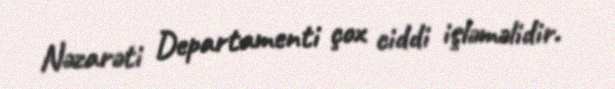
Nəzarəti Departamenti çox ciddi işləməlidir.